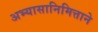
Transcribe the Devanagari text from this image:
अभ्यासानिमित्ताने